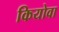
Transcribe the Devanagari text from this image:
कियोवा